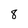
Character: 8